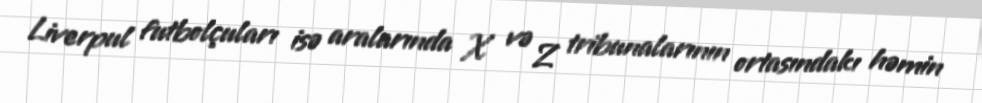
Liverpul futbolçuları isə aralarında X və Z tribunalarının ortasındakı həmin